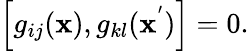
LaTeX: \left[g_{ij}({\mathbf x}),g_{kl}({\mathbf x}^{'})\right]=0.